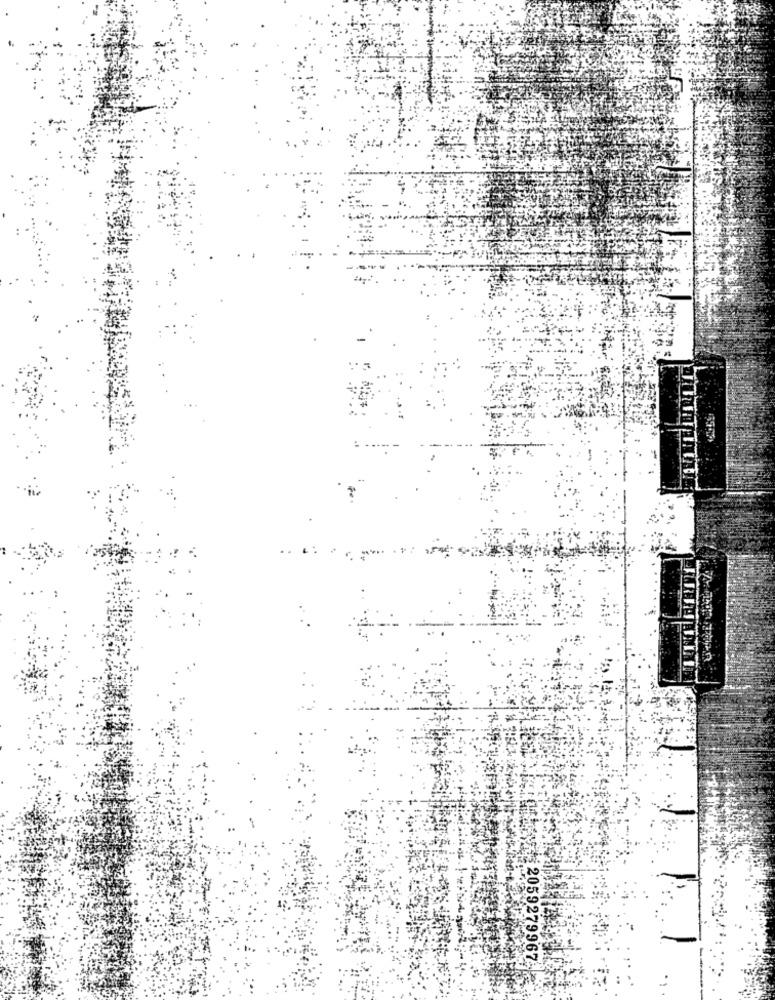
$2059279967